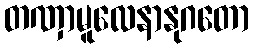
တဏှာမူလေနာနုဂတော